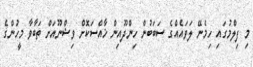
މި ފިލްމުގައި ހިމެނޭ ލަވައެއްގެ ސަބަބުން ހިންދޫއިން ޚާއްސަކޮށް ވިޝްނޫއަށް ތަބާވާ މީހުންގެ